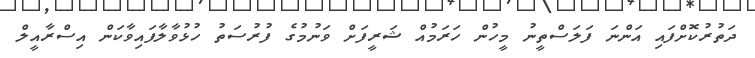
ދަތުރުކޮށްފައި އަންނަ ފަލަސްތީނު މީހުން ހަރަމުއް ޝަރީފަށް ވަނުމުގެ ފުރުސަތު ހުޅުވާލާފައިވާކަން އިސްރާއީލް